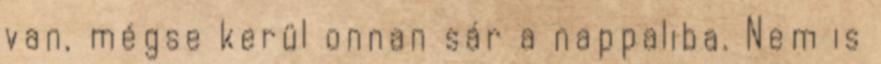
van, mégse kerül onnan sár a nappaliba. Nem is